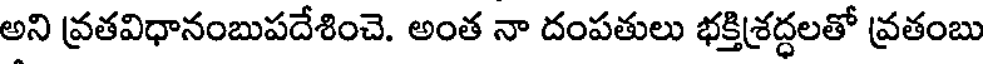
అని వ్రతవిధానంబుపదేశించె. అంత నా దంపతులు భక్తిశ్రద్ధలతో వ్రతంబు